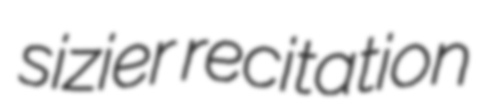
sizier recitation